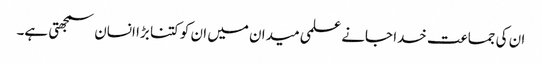
ان کی جماعت خدا جانے علمی میدان میں ان کو کتنا بڑا انسان سمجھتی ہے۔